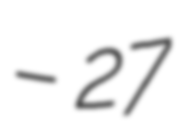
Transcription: – 27